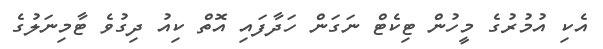
އެކި އުމުރުގެ މީހުން ޓިކެޓް ނަގަން ހަދާފައި އޮތް ކިއު ދިގުވެ ޓާމިނަލުގެ